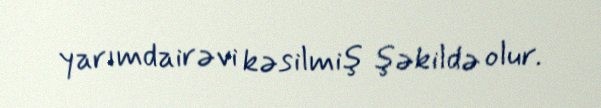
yarımdairəvi kəsilmiş şəkildə olur.